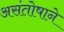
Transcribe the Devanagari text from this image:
असंतोषाने